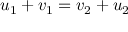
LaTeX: u _ { 1 } + v _ { 1 } = v _ { 2 } + u _ { 2 }